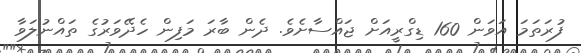
ފުރަތަމަ އަވަން 160 ޑިގްރީއަށް ޖައްސާށެވެ. ދެން ބާރަ މަފިން ހެދޭވަރުގެ ތައްނުލަވާ